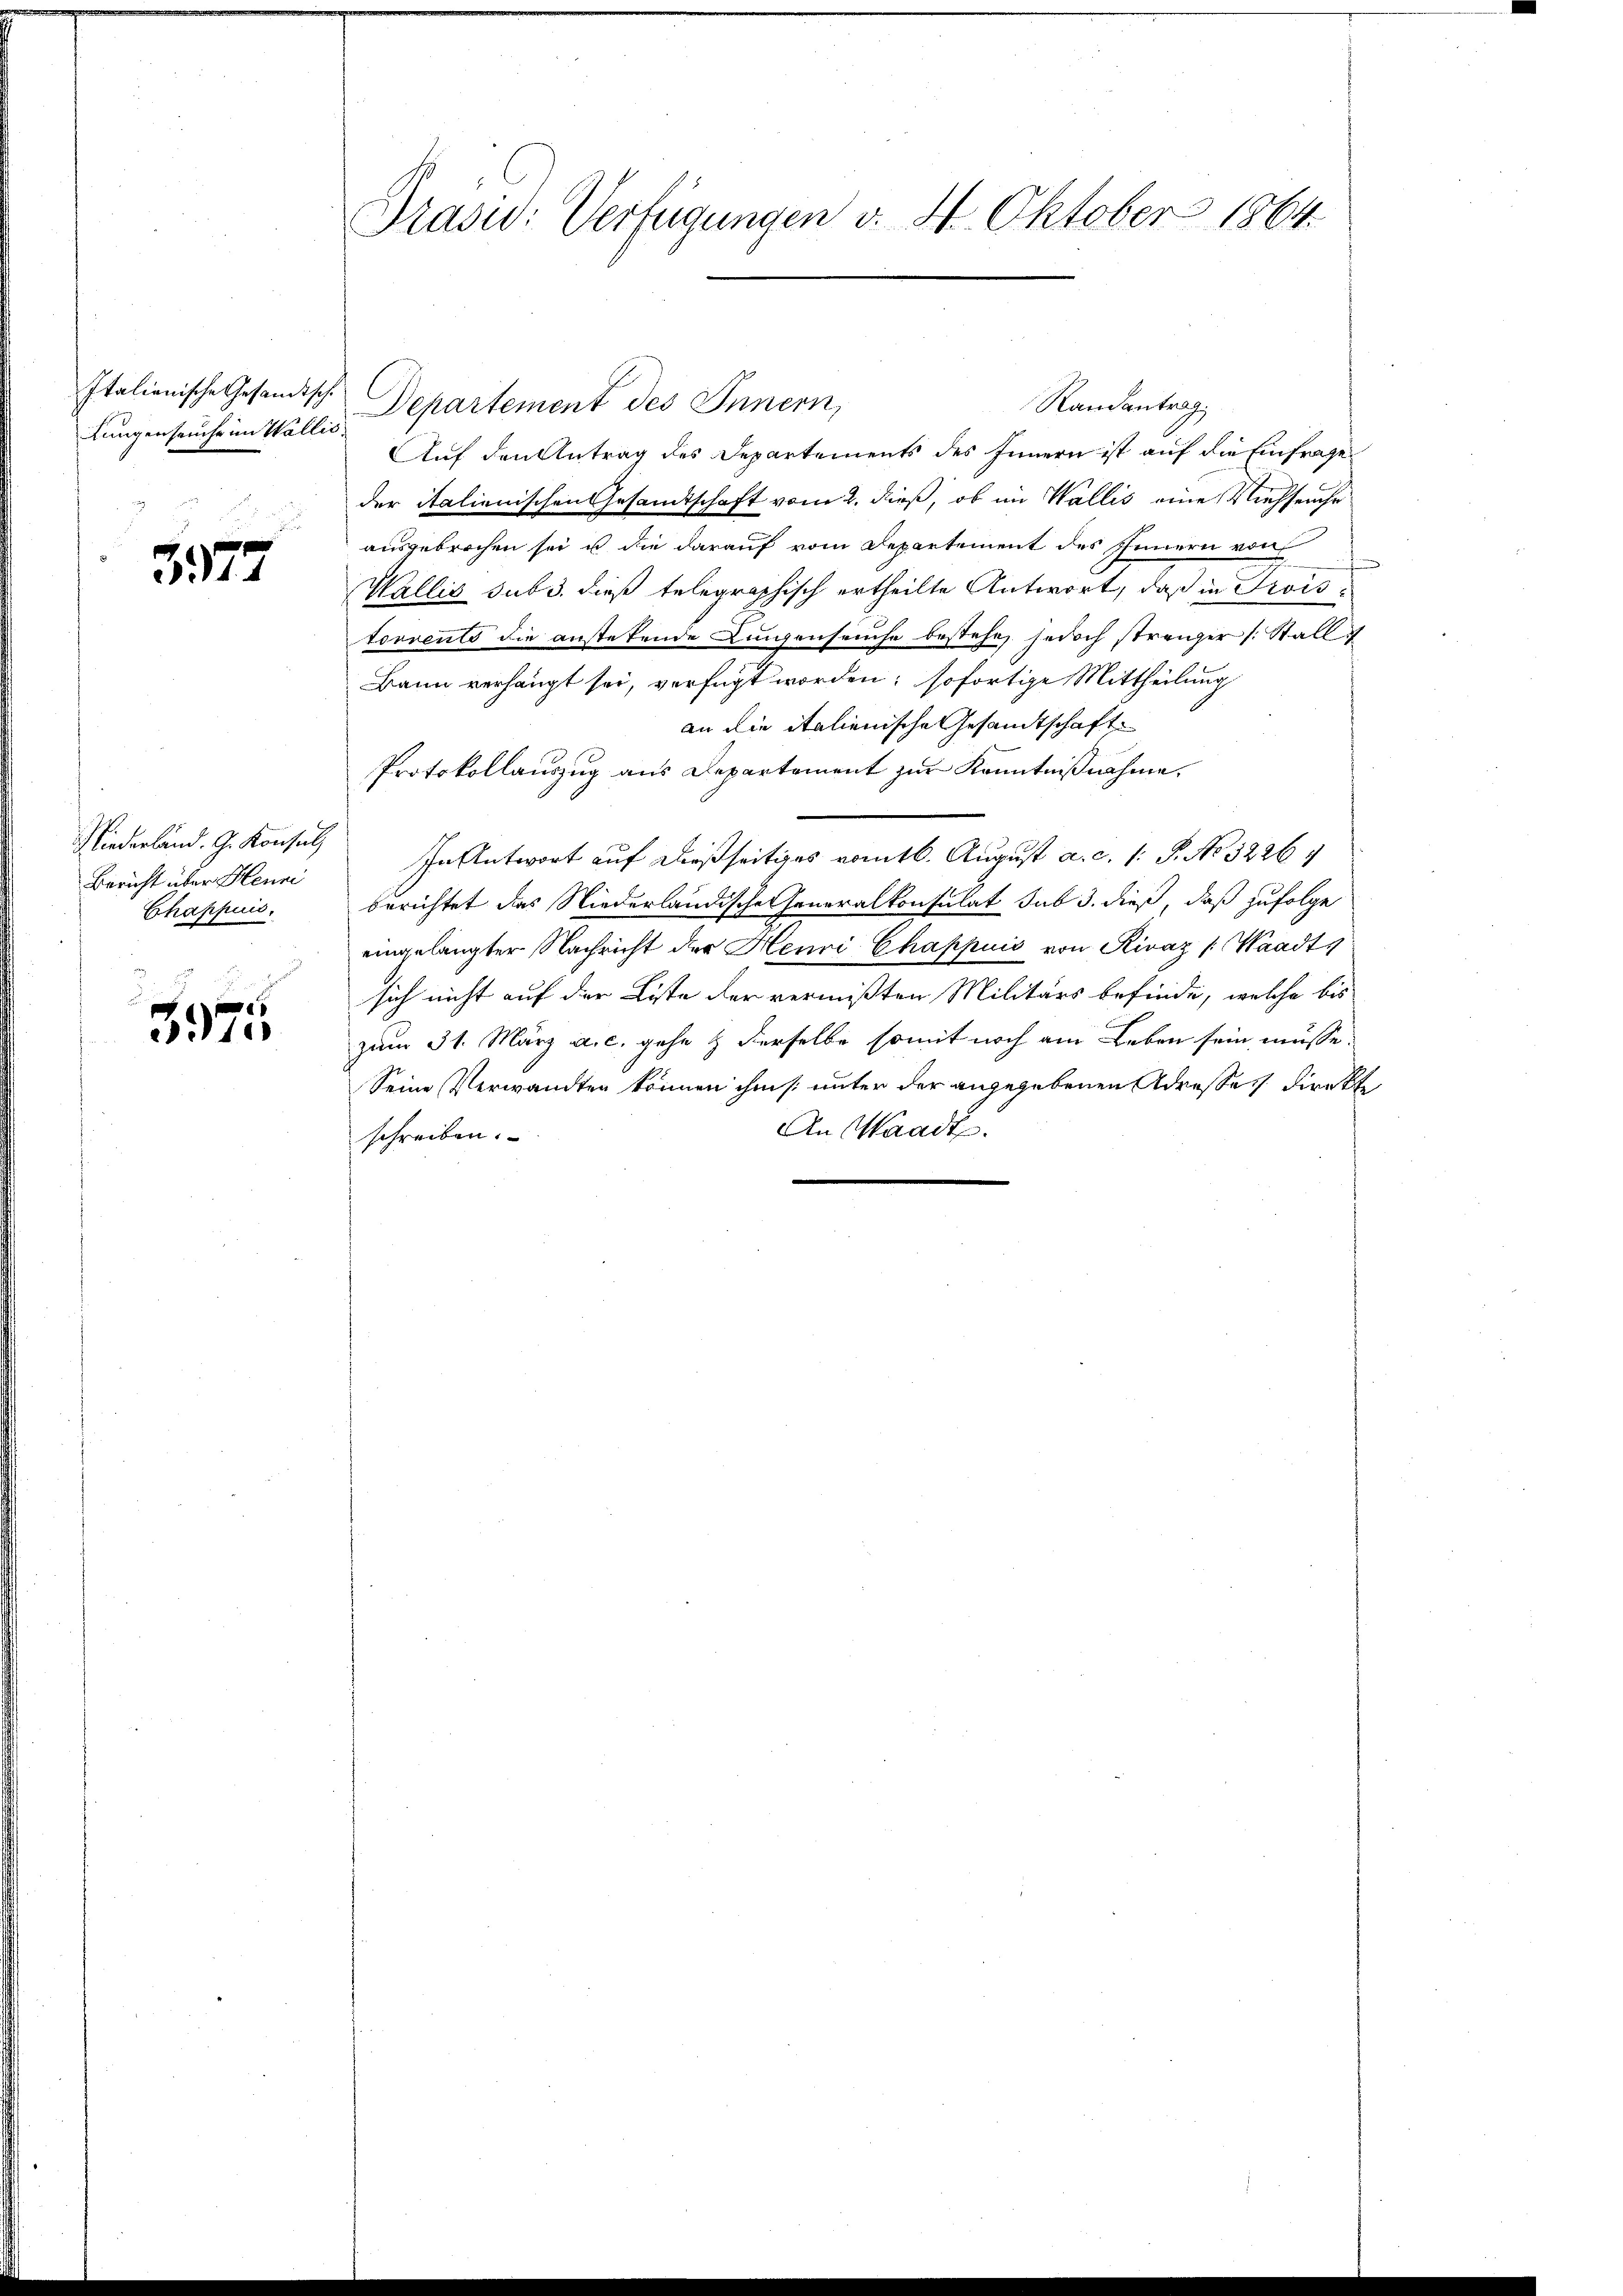
Italienische Gesandtsch
Lungenseuche im Wallic

3577

Niederland. G. Konsul
Bericht über Henni
Chappui.

3975

Präsid: Verfügungen v. 4. Oktober 1864.

Auf den Antrag des Departements des Innern ist auf die Einfrage
der italienischen Gesandtschaft vom 2. dieß, ob im Wallis eine Viehseuche
ausgebrochen sei u die darauf vom Departement des Innern von
Wallis sub 3. dieß telegraphisch ertheilte Antwort, daß in Troistorrents die anstehende Lungenseuche bestehe, jedoch strenger (: Stalle
Bann verhängt sei, verfügt worden; sofortige Mittheilung
an die italienische Gesandtschaft
Protokollauszug aus Departement zur Kenntnißnahme.
In Antwort auf dießseitiges vomtl. August a. c. 1: P. No 5226
berichtet das Niederländische Generalkonsulat sub 3. dieß, daß zufolge
eingelangter Nachricht der Henri Chappuis von Rivaz (Waadts
sich nicht auf der Liste der vermißten Militärs befinde, welche bis
zum 31. März a. c. gehe & derselbe somit noch am Leben sein müsse.
Seine Verwandten können ihm /: unter der angegebenen Adresse direkte
An Waadt.
schreiben.

Departement des Innern,

Randantrag